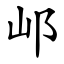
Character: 邖